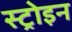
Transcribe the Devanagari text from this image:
स्ट्रोइन